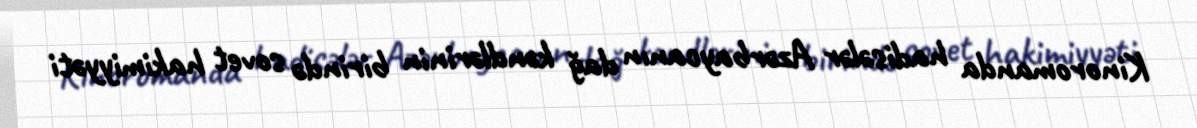
Kinoromanda hadisələr Azərbaycanın dağ kəndlərinin birində sovet hakimiyyəti